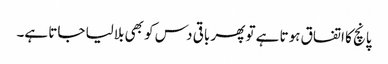
پانچ کا اتفاق ہوتا ہے تو پھر باقی دس کو بھی بلالیا جاتا ہے۔